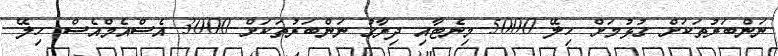
ނަންބަރުތަކަށް ގުޅުމަށް ހިލޭ 5000 މިނެޓާއި ދިރާގު ނަންބަރުތަކަށް 3000 އެސްއެމްއެސް ހިލޭ